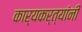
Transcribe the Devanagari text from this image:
कार्यकर्त्यांंनी